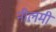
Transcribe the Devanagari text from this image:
नीलमी